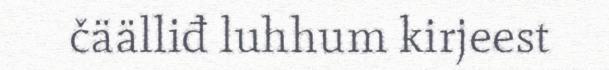
čäälliđ luhhum kirjeest